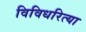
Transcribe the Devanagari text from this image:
विविधरित्या